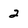
Character: 2